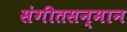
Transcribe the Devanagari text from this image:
संगीतसन्मान